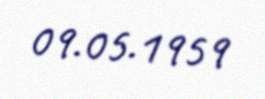
09.05.1959